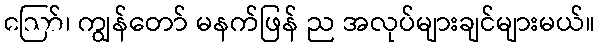
ဪ၊ ကျွန်တော် မနက်ဖြန် ည အလုပ်များချင်များမယ်။